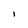
Character: I